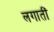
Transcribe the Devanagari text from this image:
लगातीं